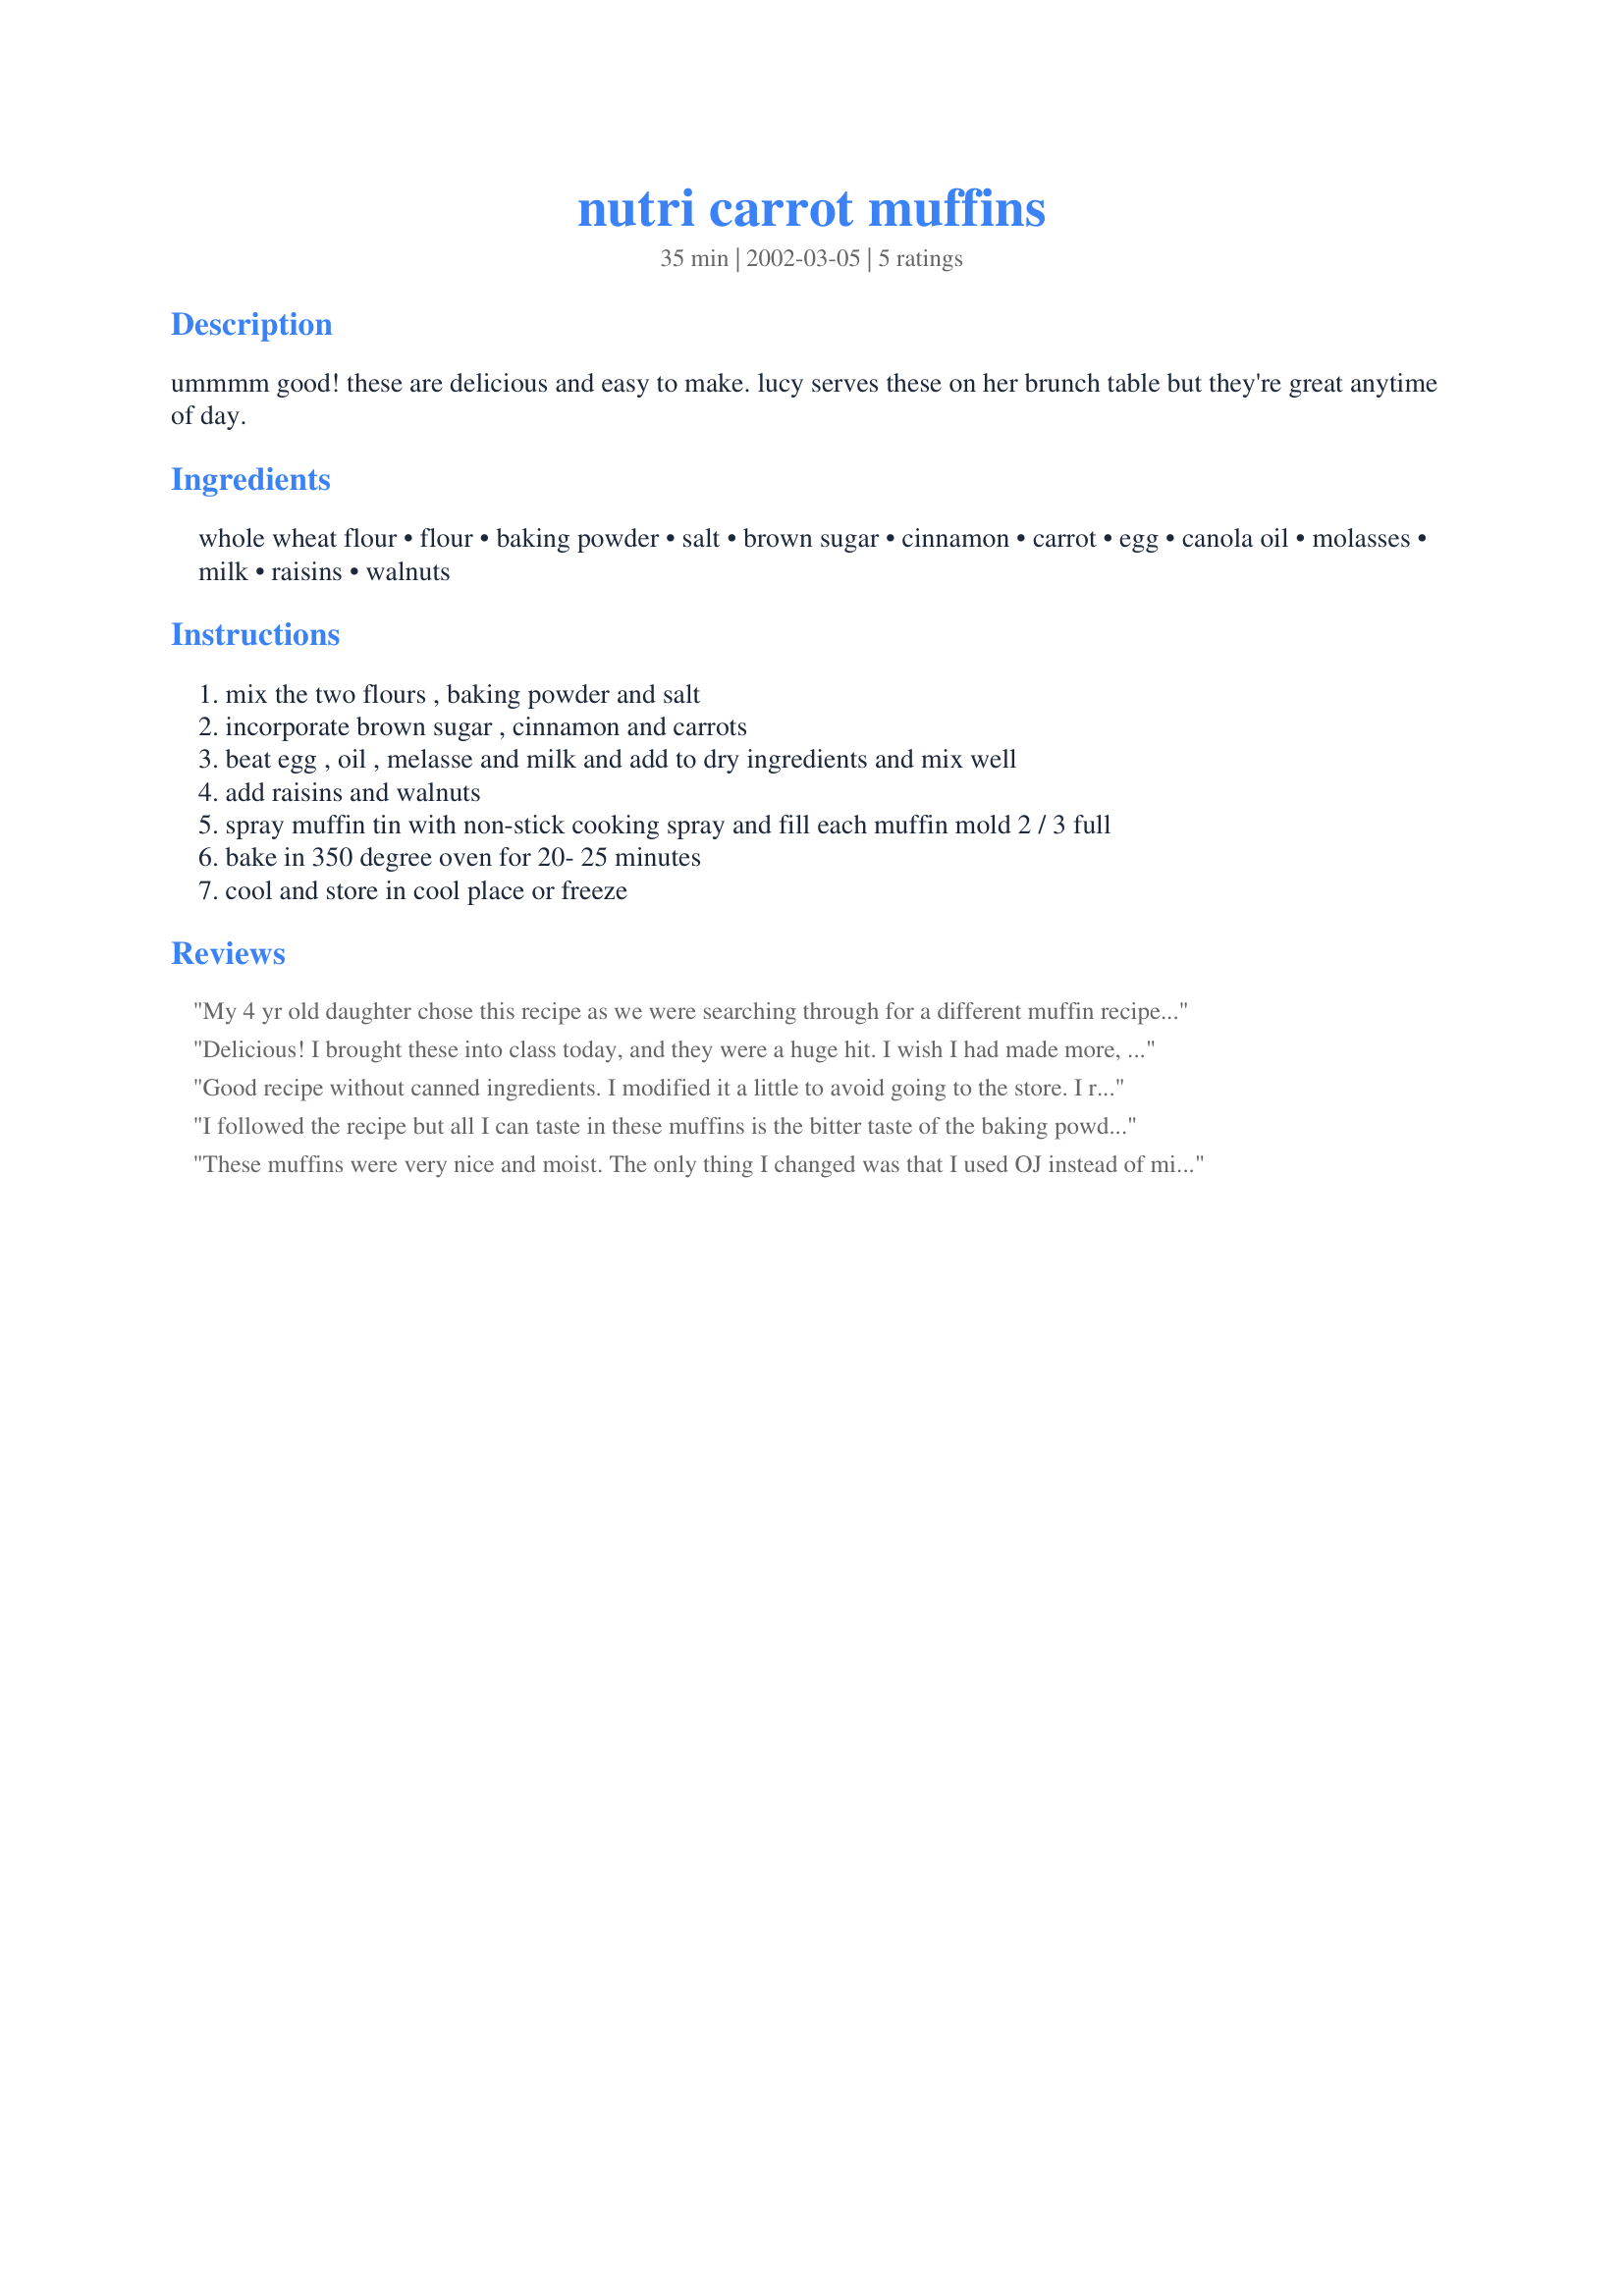
nutri carrot muffins
Preparation time: 35 minutes

ummmm good! these are delicious and easy to make. lucy serves these on her brunch table but they're great anytime of day.

Ingredients:
whole wheat flour, flour, baking powder, salt, brown sugar, cinnamon, carrot, egg, canola oil, molasses, milk, raisins, walnuts

Steps:
mix the two flours , baking powder and salt
incorporate brown sugar , cinnamon and carrots
beat egg , oil , melasse and milk and add to dry ingredients and mix well
add raisins and walnuts
spray muffin tin with non-stick cooking spray and fill each muffin mold 2 / 3 full
bake in 350 degree oven for 20- 25 minutes
cool and store in cool place or freeze

Reviews:
My 4 yr old daughter chose this recipe as we were searching through for a different muffin recipe to try. Followed recipe exactly; used all organic ingredients. The taste was very nice; not overly sweet but not lacking in anyway for flavor. I did leave out the cinnamon as I had none. The texture was very nice; not mushy, not so fluffy that it fell apart, not so dense that it was too heavy. It was just right. The tops formed nicely as well which we topped with a little turbinado sugar. My daugher added a few carob chips to some of them after they were in the pan and she dubbed them "divine". Thanks so much for the easy recipe that yielded a very good and tasty muffin that I can have with my coffee and not feel like I have just eaten a bowl of sugar. We will make these again.
Delicious!

I brought these into class today, and they were a huge hit. I wish I had made more, becuase I wanted to have some leftover to take home :)

I used about 1.5 cups of grated carrot, and 1/2 cup of succanant (evaprated cane juice) instead of the brown sugar and molasses. I also had to bake for about 30 minutes. 

These are easy, healthy, and delicious. Highly recommended.
Good recipe without canned ingredients. I modified it a little to avoid going to the store. I replaced the molasses and sugar with caramelized agave syrup and Spenda. I used almonds instead of walnuts and craisins instead of raisins. I put half of the batch in muffin tins and the other in a small pyrex cake pan. I baked both in a toaster oven outside (It gets really hot out here in the desert. Cooking inside is miserable and expensive.) It came out very moist and took extra time to cook. Next time, I will either use the molasses and specified sugar or add a little flour. My Diabetic vegetable hater ate it right up. I will definitely use this recipe again.
I followed the recipe but all I can taste in these muffins is the bitter taste of the baking powder and the nuts. Needs more sugar and spices.
These muffins were very nice and moist. The only thing I changed was that I used OJ instead of milk. It had a nice subtle orange flavour. I think that they would be equally good with milk. A keeper for sure.
